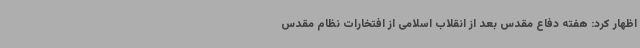
اظهار کرد: هفته دفاع مقدس بعد از انقلاب اسلامی از افتخارات نظام مقدس